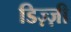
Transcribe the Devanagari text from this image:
डिज़्ज़ी